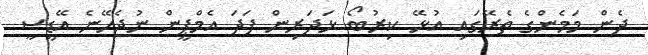
ދެން މަމެންގެ ތެރޭގައި އުޅޭ ކިރުބޯ ޅަދަރިން ފަދަ އެމްޕީން ނުޖެހޭނެ އޭޑީސީ